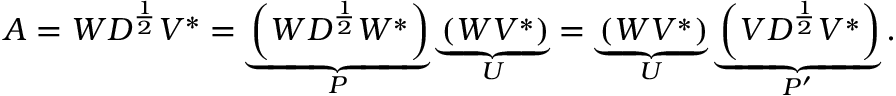
A = W D ^ { \frac { 1 } { 2 } } V ^ { * } = \underbrace { \left( W D ^ { \frac { 1 } { 2 } } W ^ { * } \right) } _ { P } \underbrace { \left( W V ^ { * } \right) } _ { U } = \underbrace { \left( W V ^ { * } \right) } _ { U } \underbrace { \left( V D ^ { \frac { 1 } { 2 } } V ^ { * } \right) } _ { P ^ { \prime } } .